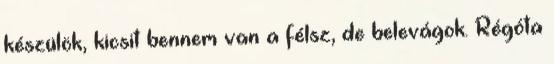
készülök, kicsit bennem van a félsz, de belevágok. Régóta